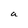
Character: a